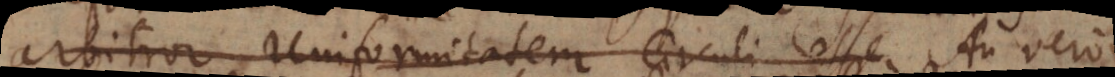
arbitror Uniformitatem Circuli esse An vero